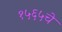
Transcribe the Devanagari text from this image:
१५६५चे